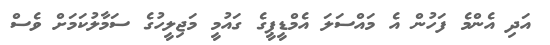
އަދި އެންމެ ފަހުން އެ މައްސަލަ އެމްޑީޕީގެ ގައުމީ މަޖިލީހުގެ ސަމާލުކަމަށް ވެސް